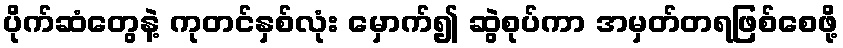
ပိုက်ဆံတွေနဲ့ ကုတင်နှစ်လုံး မှောက်၍ ဆွဲစုပ်ကာ အမှတ်တရဖြစ်စေဖို့